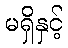
မရှိနှင့်